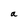
Character: a